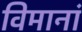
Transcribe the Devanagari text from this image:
विमानां